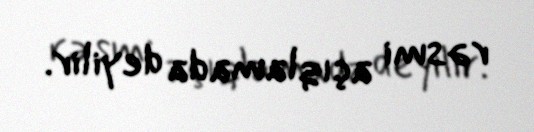
rəsmi açıqlamada deyilir.